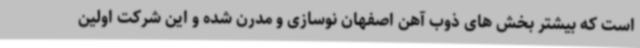
است که بیشتر بخش های ذوب آهن اصفهان نوسازی و مدرن شده و این شرکت اولین